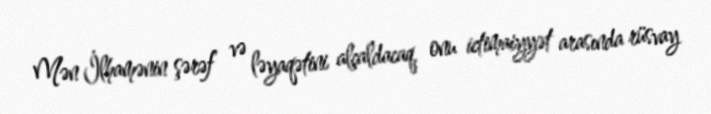
Mən İlhamənin şərəf və ləyaqətini alçaldacaq, onu ictimaiyyət arasında rüsvay